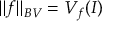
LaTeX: \| f \| _ { B V } = V _ { f } ( I )